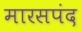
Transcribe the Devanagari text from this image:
मारसपंद